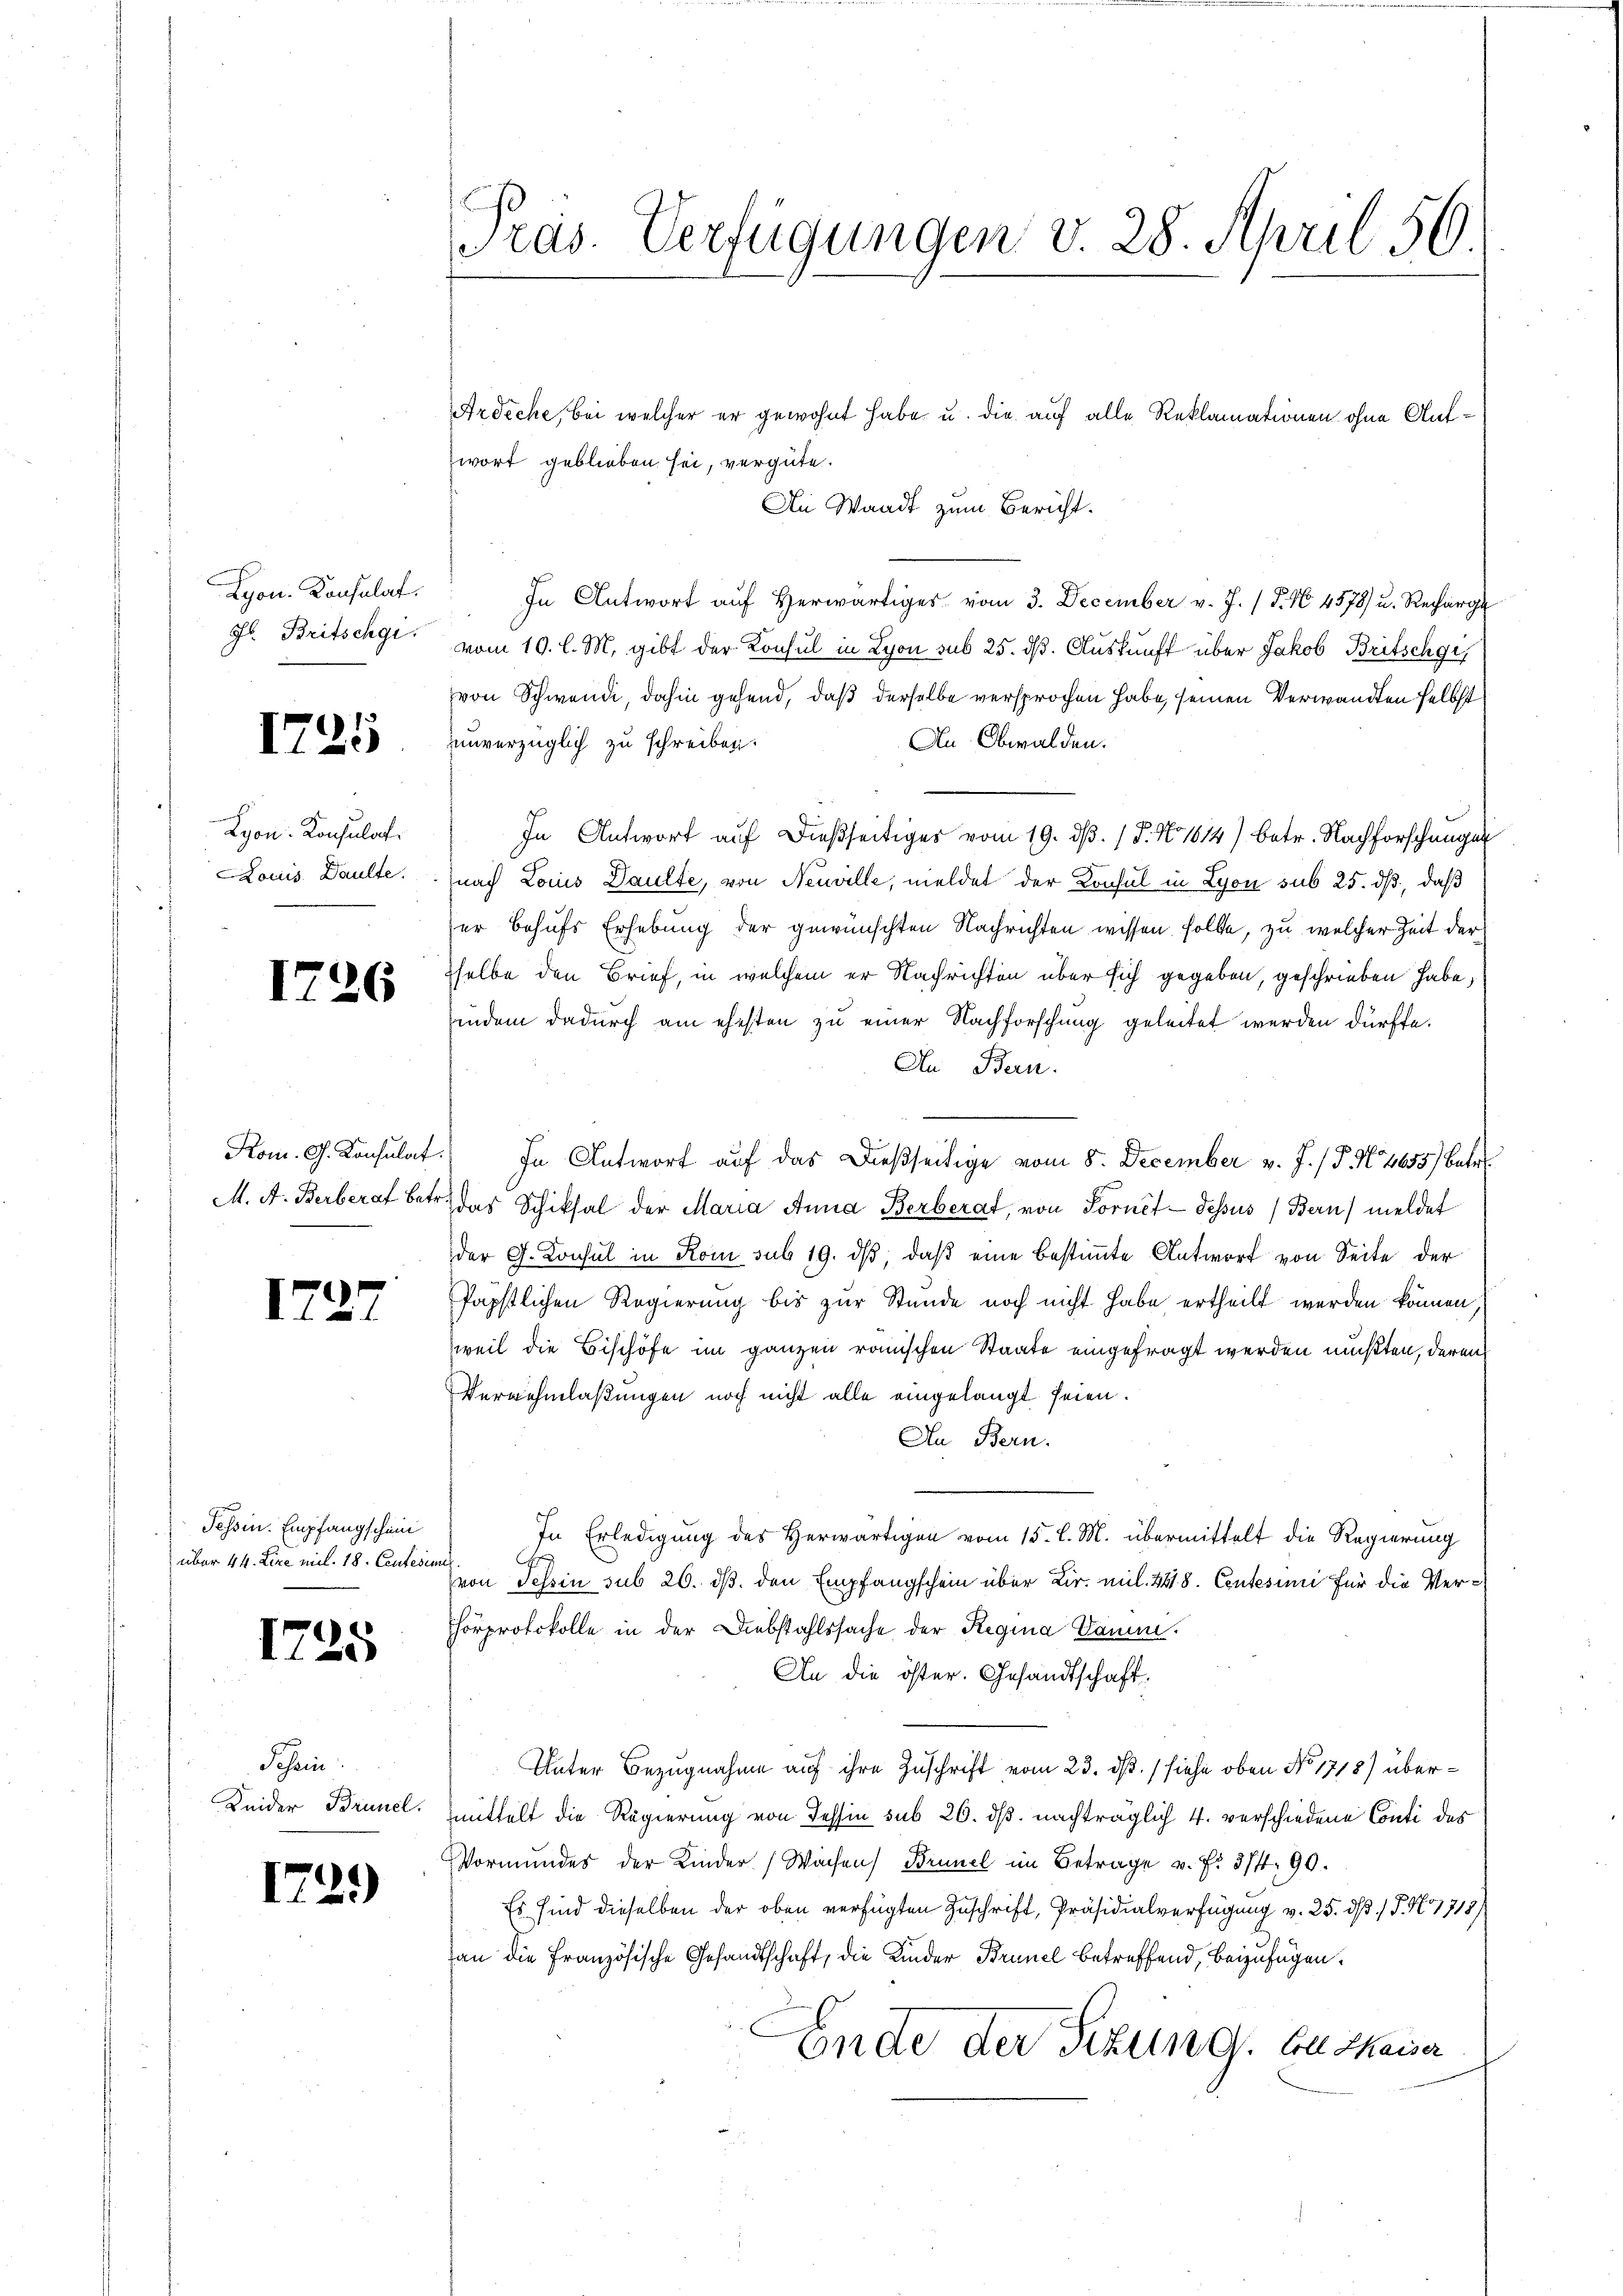
Lyon. Konsulat
Jr. Britschgi.

1725

Lyon Konsulat
Louis. Daulte

1726

Kom. G. Konsulat
M. A. Berberat bet

1727

Tessin. Empfangschein
über 44. Lire mit. 18. Centesim

¬
172.

Schein
Keider Brunel.

1739)

Pras. Verfügungen v. 28. April 56

Ardeche, bei welcher er gewohnt habe u. die auf alle Reklamationen ohne Aufwort geblieben sei, vergüte.
An Waadt zum Bericht.
In Antwort aŭf herwärtiges vom 3. December v. J. P. N. 4578) u. Recharge
vom 10. l. M. gibt der Konsul in Lyon sub 25. dß. Auskunft über Jakob Britschgi
von Schwendi, dahin gehend, daß derselbe versprochen habe, seinen Verwandten selbst
An Obwalden.
unverzüglich zu schreiben.
In Antwort auf dießseitiges vom 19. dβ. / P. N. 1614) betr. Nachforschungen
(nach Locus Paulte, von Neuville, meldet der Konsul in Lyon sub 25. dß, daß
der behufs Erhebung der gewünschten Nachrichten wissen sollte, zu welcher Zeit der
sselbe den Brief, in welchem er Nachrichten über sich gegeben, geschrieben habe,
indem dadurch am ehesten zu einer Nachforschung geleitet werden dürfte.
In Bern.
 In Antwort auf das Dießseitige vom 8. December v. J. (T. N. 4655) Betr
r das Schiksal der Maria Anna Berberat, von Fornet - dessus Bern) meldet
der G. Konsul in Rom sub 19. dβ, daß eine bestimmte Antwort von Seite der
Päpstlichen Regierung bis zur Stunde noch nicht habe ertheilt werden können
weil die Bischöfe im ganzen römischen Staate eingefragt werden mußten, deren
Vernehmlaßungen noch nicht alle eingelangt seien.
An Bern.
In Erledigung des Herwärtigen vom 15. l. M. übermittelt die Regierung
s
von Tessin sub 26. dβ. den Empfangschein über Dir. mit. 248. Centesimi für die Ver¬
Thörprotokolle in der Diebstahlssache der Regina Damm.
An die öster. Gesandtschaft.
Unter Bezugnahme auf ihre Zuschrift vom 23. dß. (siehe oben No 1718) übermmittelt die Regierung von Tessin sub 26. dß. nachträglich 4. verschiedene Conti des
Vormundes der Kinder Wochen Brunel im Betrage u. f. 3/4 90.
Es sind dieselben der oben verfügten Zuschrift, Präsidialverfügung v. 25. dß. / P. N. 7718)
an die Französische Gesandtschaft, die Kinder Brunel betreffend, beizufügen.
Ende der Sitzung. An Maiser